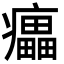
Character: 㿔